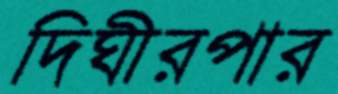
দিঘীরপার